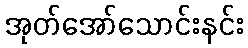
အုတ်အော်သောင်းနင်း